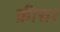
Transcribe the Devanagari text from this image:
क्रीसर